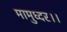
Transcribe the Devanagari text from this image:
मामुध्दर।।